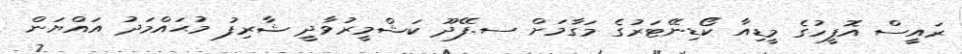
ރައީސް އޮފީހުގެ މީޑިއާ ކޯޑިނޭޓަރުގެ މަގާމަށް ސ.ފޭދޫ ކަޝްމީރުވާދީ ޝާރިފު މުޙައްމަދު އައްޔަން